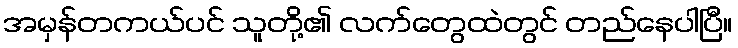
အမှန်တကယ်ပင် သူတို့၏ လက်တွေထဲတွင် တည်နေပါပြီ။